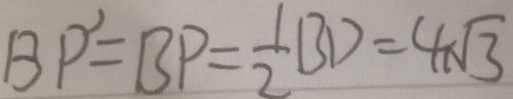
B P ^ { \prime } = B P = \frac { 1 } { 2 } B D = 4 \sqrt { 3 }